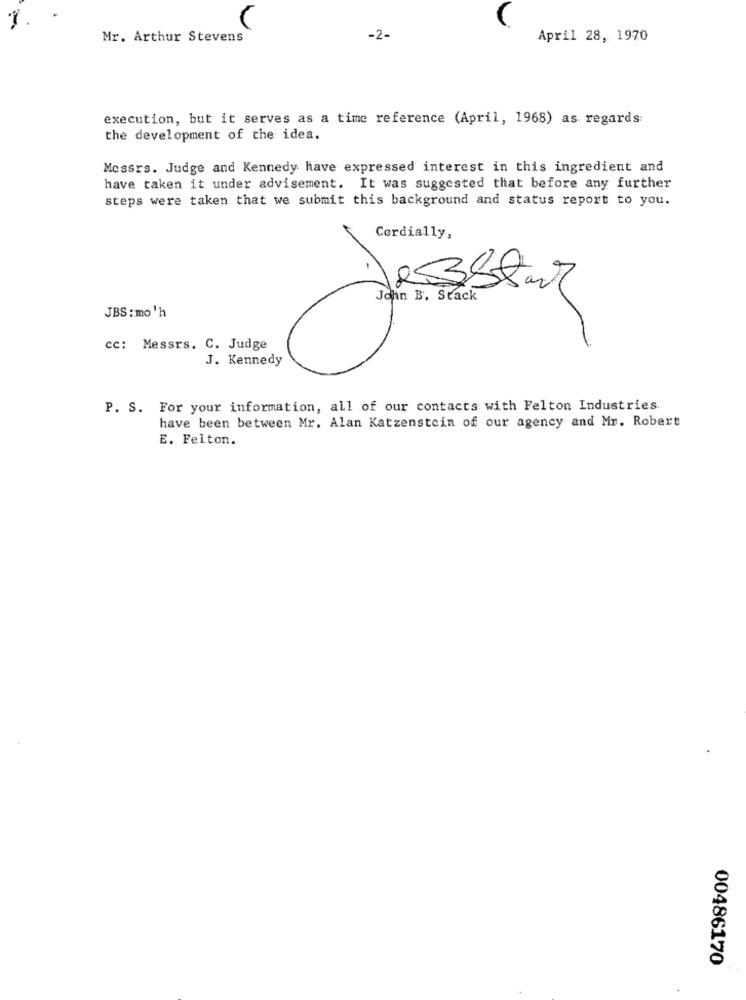
Mr. Arthur Stevens
-2-
April 28, 1970
execution, but it serves as a time reference (April, 1968) as regards:
the development of the idea.
Messrs. Judge and Kennedy have expressed interest in this ingredient and
have taken it under advisement. It was suggested that before any further
steps were taken that we submit this background and status report to you.
Cordially,
John B. Stack
R3Star
JBS : mo 'h
cc: Messrs. C. Judge
J. Kennedy
P. S. For your information, all of our contacts with Felton Industries.
have been between Mr. Alan Katzenstein of our agency and Mr. Robert
E. Felton.
00486170
.